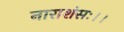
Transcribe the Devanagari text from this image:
नाराशंसः।।